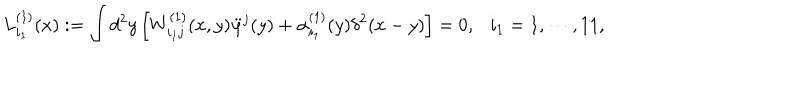
L _ { i _ { 1 } } ^ { ( 1 ) } ( x ) : = \int d ^ { 2 } y \left[ W _ { i _ { 1 } j } ^ { ( 1 ) } ( x , y ) \ddot { \varphi } ^ { j } ( y ) + \alpha _ { i _ { 1 } } ^ { ( 1 ) } ( y ) \delta ^ { 2 } ( x - y ) \right] = 0 , i _ { 1 } = 1 , \cdots , 1 1 ,